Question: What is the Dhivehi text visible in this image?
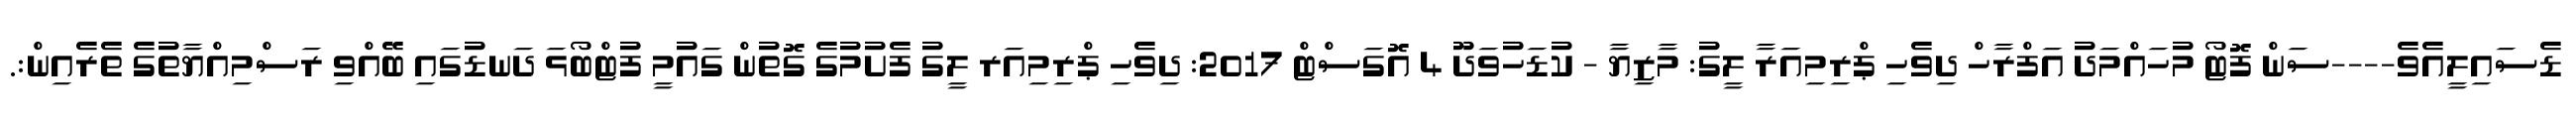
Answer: ޑެސައިލީއެވެ----ސަން ފޮޓޯ މުހައްމަދު އަފްރާހް ދިވެހި ޕްރިމިއަރާ ލީގު: މާޒިޔާ - ކުޑަހުވަދޫ 4 އޮގަސްޓް 2017: ދިވެހި ޕްރިމިއަރ ލީގު ފެށުމުގެ ގޮތުން ގައުމީ ފުޓްބޯޅަ ދަނޑުގައި ބޭއްވި ރަސްމިއްޔާތުގެ ތެރެއިން:.